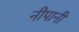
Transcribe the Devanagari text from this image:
नीपानी